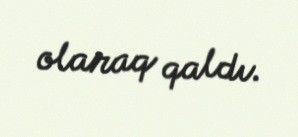
olaraq qaldı.